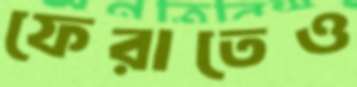
ফেরাতেও